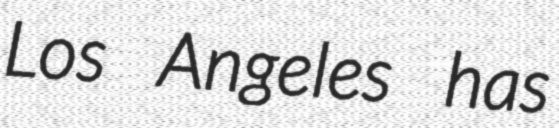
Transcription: Los Angeles has